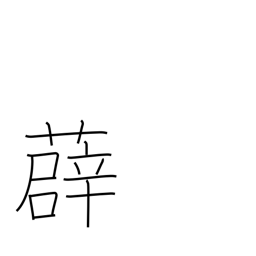
Meaning: type of vine